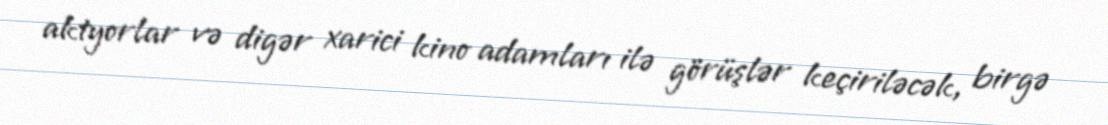
aktyorlar və digər xarici kino adamları ilə görüşlər keçiriləcək, birgə